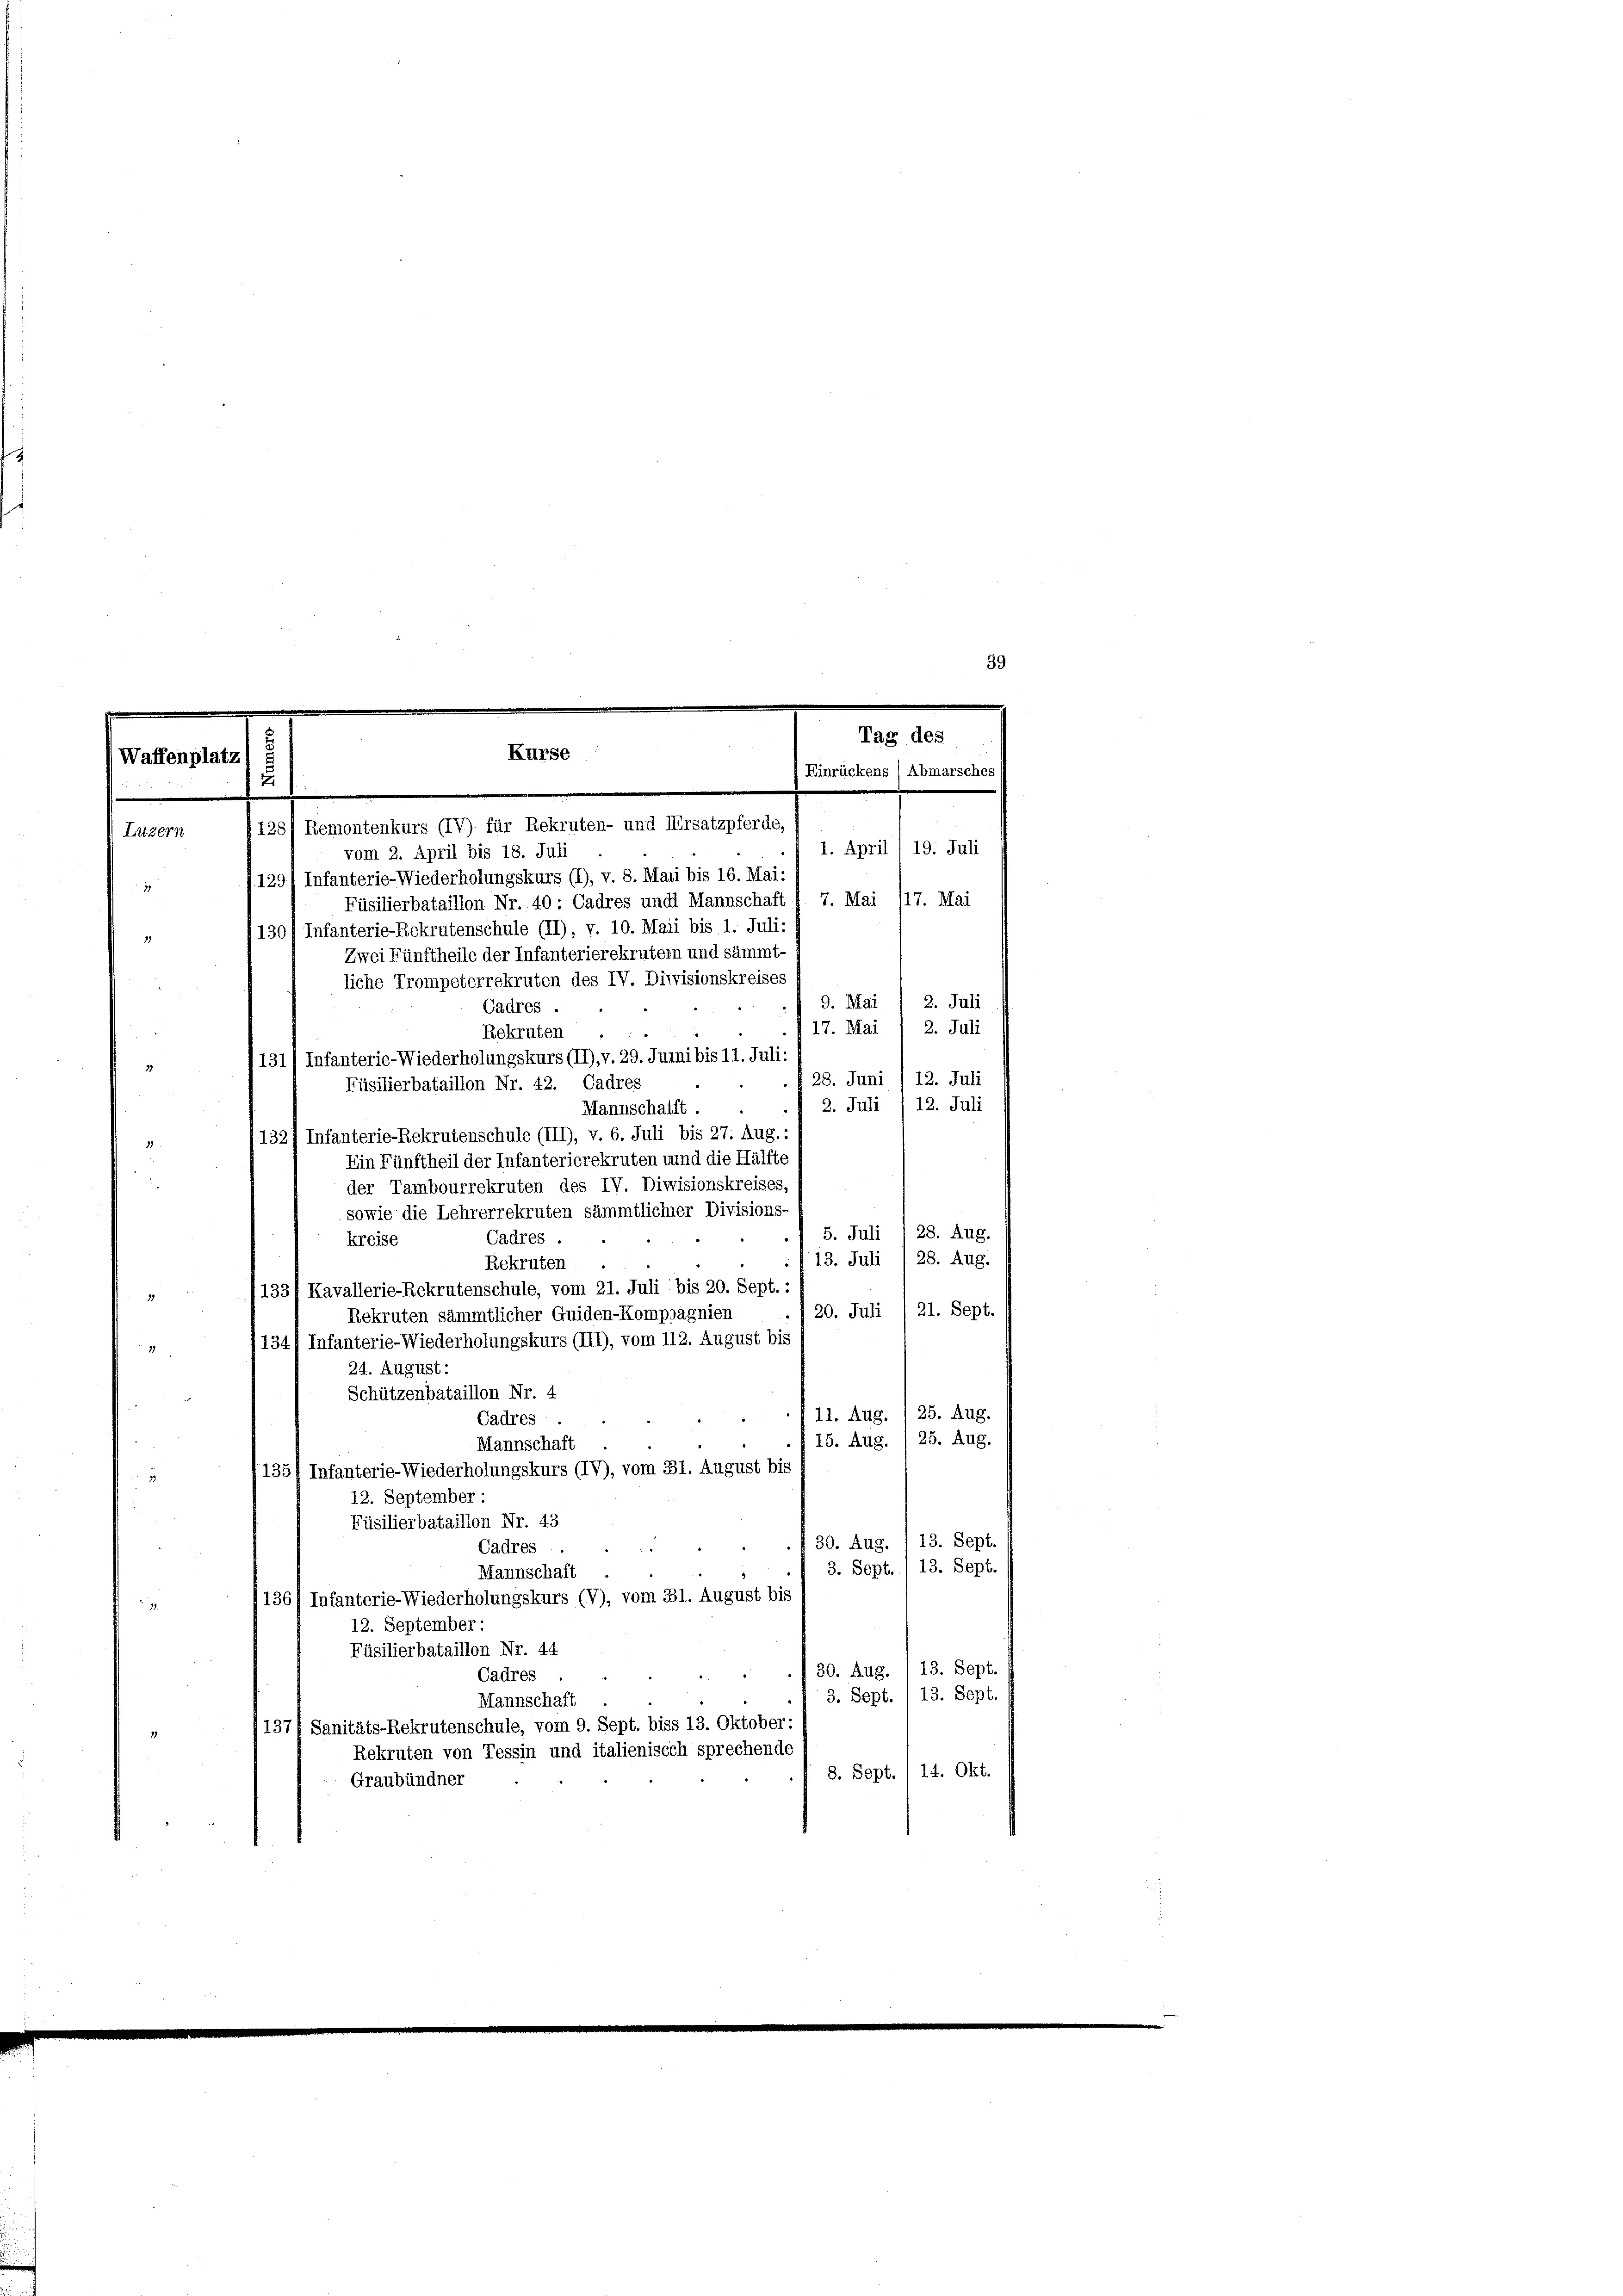
Tag des
Kurse
Waffenplatz)
Einrückens / Abmarsches
2

128) Remontenkurs (IV) für Rekruten- und Ersatzpferde,
Luzern
1. April /19. Juli
vom 2. April bis 18. Juli
129) Infanterie-Wiederholungskurs (I), v. 8. Mani bis 16. Mai
Füsilierbataillon Nr. 40: Cadres und Mannschaft d. 7. Mai 117. Mai
130/ Infanterie-Rekrutenschule (II), v. 10. Maii bis 1. Juli:
11
Zwei Fünftheile der Infanterierekrutem und sämmt
liche Trompeterrekruten des IV. Divisionskreises
2. Juli
9. Mai
Cadres .
2. Juli
17. Mai
Rekruten
131/ Infanterie-Wiederholungskurs (II), v. 29. Juni bis 11. Juli:
21
28. Juni /12. Juli
Füsilierbataillon Nr. 42. Cadres
2. Juli /12. Juli
Mannschafft.
132/ Infanterie-Rekrutenschule (III), v. 6. Juli bis 27. Aug.:
Ein Fünftheil der Infanterierekruten und die Hälfte
d
der Tambourrekruten des IV. Divisionskreises,
sowie die Lehrerrekruten sämmtlicher Divisions-
5. Juli 1 28. Aug.
Cadres .
kreise
13. Juli / 28. Aug.
Rekruten
133/ Kavallerie-Rekrutenschule, vom 21. Juli bis 20. Sept. :
17
 20. Juli /21. Sept.
Rekruten sämmtlicher Guiden-Kompagnien
134/ Infanterie-Wiederholungskurs (III), vom 112. August bis
31
24. August:
Schützenbataillon Nr. 4
11. Aug. / 25. Aug.
Cadres
25. Aug.
15. Aug.
Mannschaft
135) Infanterie-Wiederholungskurs (IV), vom 31. August bis
23
12. September :
Füsilierbataillon Nr. 43
30. Aug. 113. Sept.
Cadres
3. Sept./13. Sept.
Mannschaft
136/ Infanterie-Wiederholungskurs (V), vom 31. August bis
12. September:
Füsilierbataillon Nr. 44
30. Aug. 13. Sept.
Cadres
3. Sept. / 13. Sept.
Mannschaft
137f Sanitäts-Rekrutenschule, vom 9. Sept. biss 13. Oktober:
Rekruten von Tessin und italienisch sprechende
8. Sept./14. Okt.
Graubündner